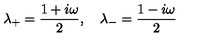
\lambda _ { + } = \frac { 1 + i \omega } { 2 } , \quad \lambda _ { - } = \frac { 1 - i \omega } { 2 }